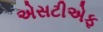
એસટીએફ